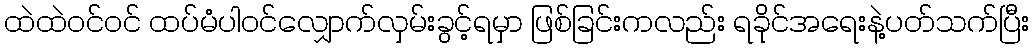
ထဲထဲဝင်ဝင် ထပ်မံပါဝင်လျှောက်လှမ်းခွင့်ရမှာ ဖြစ်ခြင်းကလည်း ရခိုင်အရေးနဲ့ပတ်သက်ပြီး